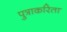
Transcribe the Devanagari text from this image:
पुत्राकरिता